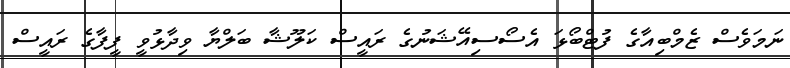
ނަމަވެސް ޒެމްބިއާގެ ފުޓްބޯޅަ އެސޯސިއޭޝަނުގެ ރައީސް ކަލޫޝާ ބަލްޔާ ވިދާޅުވީ ފީފާގެ ރައީސް